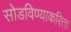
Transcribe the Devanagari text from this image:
सोडविण्याकरिता